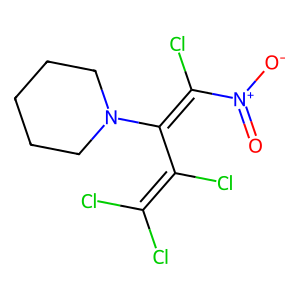
SMILES: O=[N+]([O-])C(Cl)=C(C(Cl)=C(Cl)Cl)N1CCCCC1
Inhibits HIV replication: No